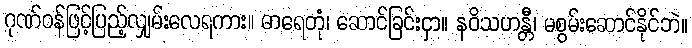
ဂုဏ်ဝန်ဖြင့်ပြည့်လျှမ်းလေရကား။ ဓာရေတုံ၊ ဆောင်ခြင်းငှာ။ နဝိသဟန္တီ၊ မစွမ်းဆောင်နိုင်ဘဲ။